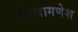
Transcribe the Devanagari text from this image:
सेल्वागणेश